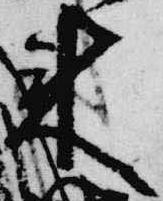
来